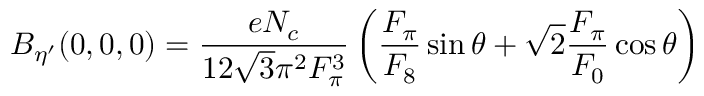
B _ { \eta ^ { \prime } } ( 0 , 0 , 0 ) = { \frac { e N _ { c } } { 1 2 \sqrt { 3 } \pi ^ { 2 } F _ { \pi } ^ { 3 } } } \left( { \frac { F _ { \pi } } { F _ { 8 } } } \sin \theta + \sqrt { 2 } { \frac { F _ { \pi } } { F _ { 0 } } } \cos \theta \right)